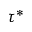
\tau ^ { * }